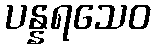
ပန္နရသေဝ